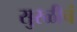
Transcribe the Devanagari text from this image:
सुरळीचं